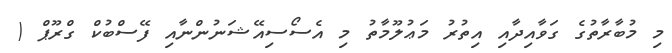
މި މުބާރާތުގެ ގަވާއިދާއި އިތުރު މަޢުލޫމާތު މި އެސޯސިއޭޝަނުންނާއި ފޭސްބުކް ގްރޫޕް (